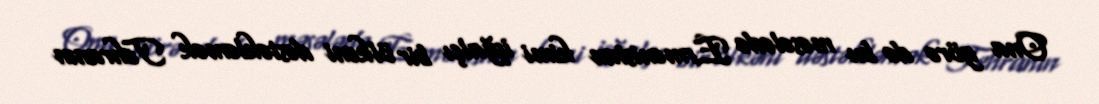
Ona görə də bu məsələdə Ermənistan kimi işğalçı bir ölkəni dəstəkləmək Tehranın